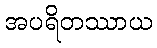
အပရိတဿာယ